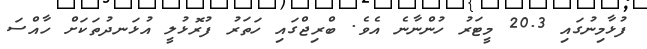
ފުޅާމިނުގައި 20.3 މީޓަރު ހުންނާނެ އެވެ. ބްރިޖްގައި ހަތަރު ފުރޮޅުލީ އުޅަނދުތަކަށް ހާއްސަ